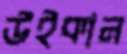
উইকান